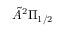
\Tilde { A } ^ { 2 } \Pi _ { 1 / 2 }